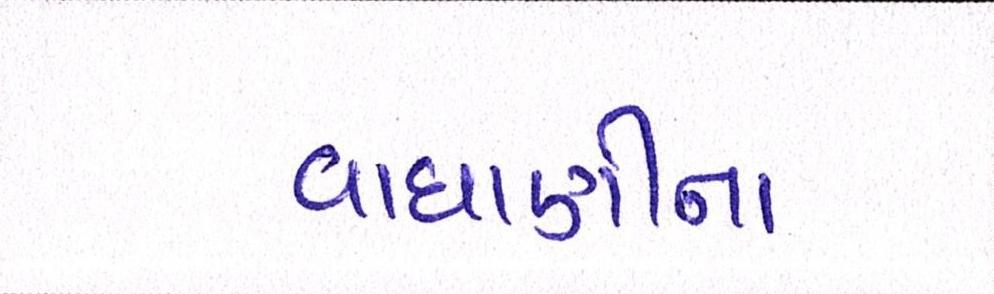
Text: વાઘાણીના